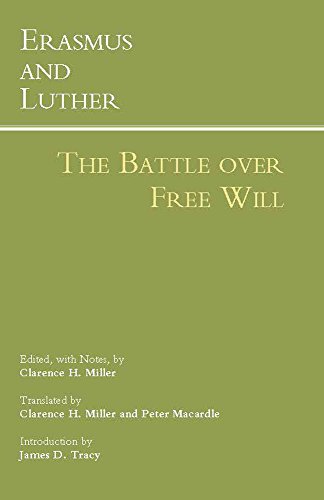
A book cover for Erasmus and Luther: The Battle over Free Will (Hackett Classics); Politics & Social Sciences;